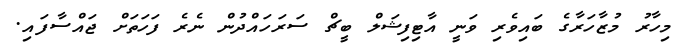
މިހާރު މުޒާހަރާގެ ބައިވެރި ވަނީ އާޓިފިޝަލް ބީޗް ސަރަހައްދުން ނެރެ ފަހަތަށް ޖައްސާފައި.